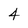
Character: 4